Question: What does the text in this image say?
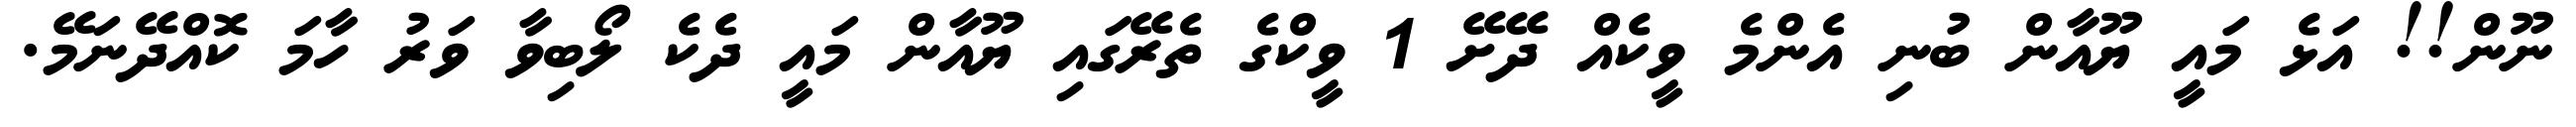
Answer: ނޫން!! އަޅެ މައީ ޔޫއާން ބުނި އެންމެ ވީކެއް ދޭށޭ 1 ވީކްގެ ތެރޭގައި ޔޫއާން މައީ ދެކެ ލޯބިވާ ވަރު ހާމަ ކޮއްދޭނަމޭ.